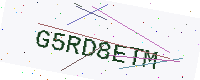
Text: G5RD8ETM